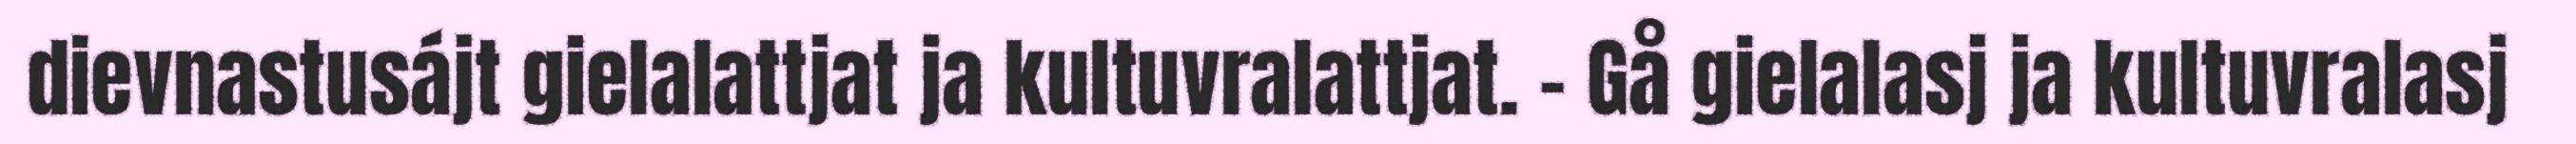
dievnastusájt gielalattjat ja kultuvralattjat. – Gå gielalasj ja kultuvralasj